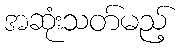
အဆုံးသတ်မည့်